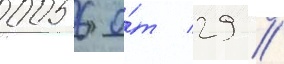
0056 о́т 29 //